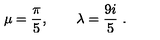
\mu = { \frac { \pi } { 5 } } , \qquad \lambda = { \frac { 9 i } { 5 } } \ .